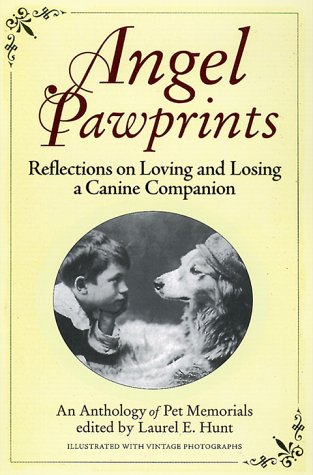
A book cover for Angel Pawprints: Reflections on Loving and Losing a Canine Companion--an Anthology of Pet Memorials; Laurel E. Hunt; Crafts, Hobbies & Home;